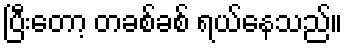
ပြီးတော့ တခစ်ခစ် ရယ်နေသည်။